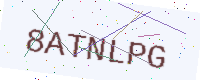
Text: 8ATNLPG